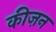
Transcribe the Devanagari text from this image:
कीज़न